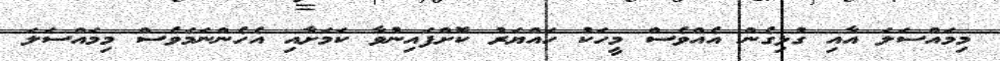
މިމައްސަލަ އާއި ގުޅިގެން އެއްވެސް މީހަކު ހައްޔަރު ކޮށްފައިނުވާ ކަމަށާއި އެހެންނަމަވެސް މިމައްސަލަ